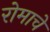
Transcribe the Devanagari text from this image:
रोमाचे